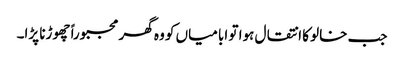
جب خالو کا انتقال ہوا تو ابا میاں کو وہ گھر مجبوراً چھوڑنا پڑا۔